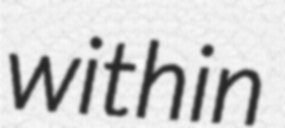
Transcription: within